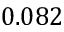
0 . 0 8 2